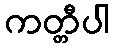
ကတ္တီပါ